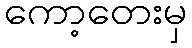
ကော့တေးမှ